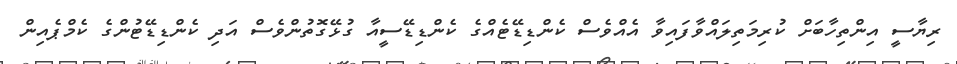
ރިޔާސީ އިންތިހާބަށް ކުރިމަތިލައްވާފައިވާ އެއްވެސް ކެންޑިޑޭޓެއްގެ ކެންޑިޑޭސީއާ ގުޅޭގޮތުންވެސް އަދި ކެންޑިޑޭޓުންގެ ކެމްޕެއިން